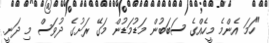
"ހަމަ އެންމެ މީހެއްގެ ސަބަބުން މަޑުމަޑުން މަގޭ ރަށުގެ ދުވަސް މި ދަނީ.